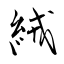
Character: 絨